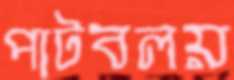
পাটবলয়